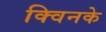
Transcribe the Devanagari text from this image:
क्विनके